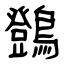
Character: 䳾